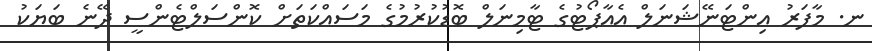
ނ. މާފަރު އިންޓަނޭޝަނަލް އެއާޕޯޓުގެ ޓާމިނަލް ބޮޑުކުރުމުގެ މަސައްކަތަށް ކޮންސަލްޓެންސީ ދޭނެ ބަޔަކު